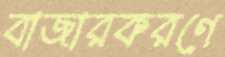
বাজারকরণে